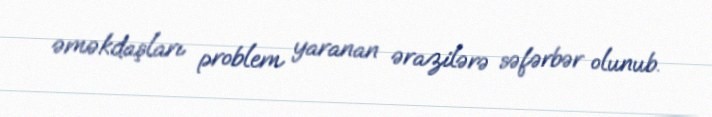
əməkdaşları problem yaranan ərazilərə səfərbər olunub.